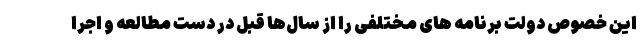
این خصوص دولت برنامه های مختلفی را از سال‌ها قبل در دست مطالعه و اجرا